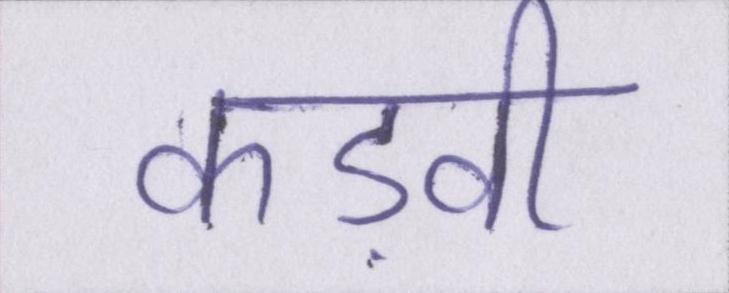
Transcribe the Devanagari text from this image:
कड़वी